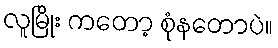
လူမြိုး ကတော့ စုံနတောပဲ။